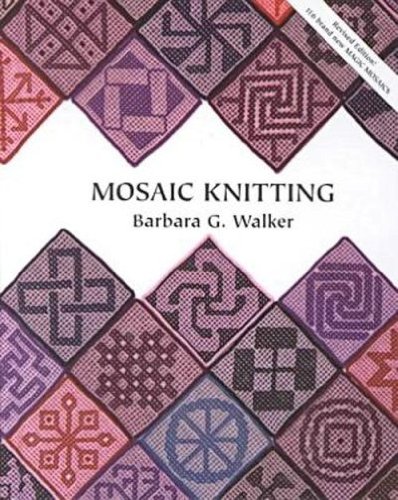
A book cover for Mosaic Knitting; Barbara G. Walker; Crafts, Hobbies & Home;